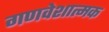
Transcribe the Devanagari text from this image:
गणवेशात्मक